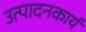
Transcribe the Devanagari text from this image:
उत्पादनकार्य